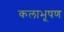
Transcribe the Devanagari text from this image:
कलाभूषण